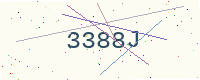
Text: 3388J